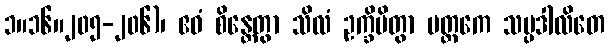
၁။၁၆။၂၀၅-၂၀၆)၊ ဧဝံ စိန္တေတွာ သိလံ ဥက္ခိပိတွာ မတ္ထကေ သမ္ပဒါလိတေ